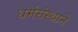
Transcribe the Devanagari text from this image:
धर्मसंस्थाने